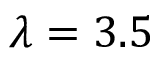
\lambda = 3 . 5